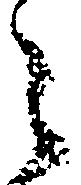
之